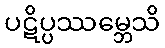
ပဋိပ္ပဿမ္ဘေသိ